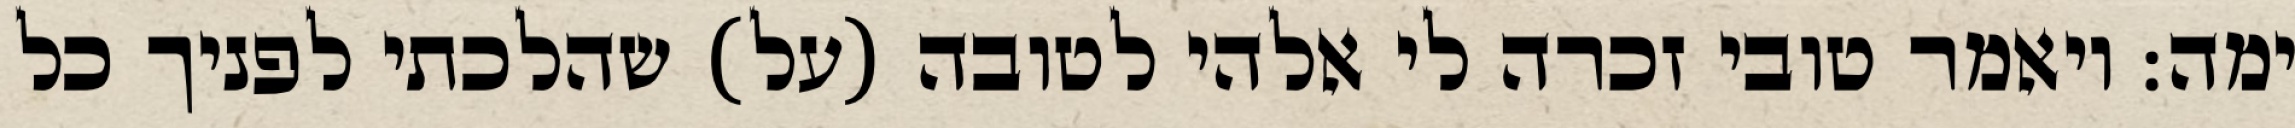
ימה: ויאמר טובי זכרה לי אלהי לטובה (על) שהלכתי לפניך כל